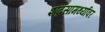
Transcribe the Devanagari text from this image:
शब्दसामर्थ्यावर